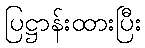
ပြဋ္ဌာန်းထားပြီး